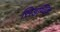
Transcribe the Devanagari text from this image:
सिडग्विक